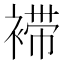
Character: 䙊